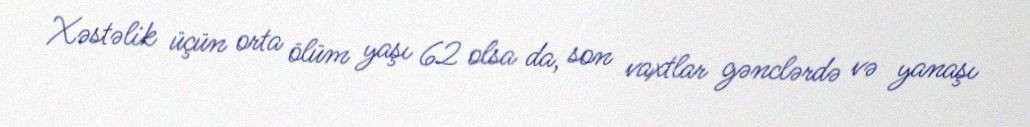
Xəstəlik üçün orta ölüm yaşı 62 olsa da, son vaxtlar gənclərdə və yanaşı